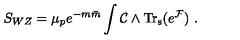
S _ { W Z } = { \mu _ { p } e ^ { - m { \bar { m } } } } \int { \cal C } \wedge \mathrm { T r _ { s } } ( e ^ { { \cal F } } ) \ .